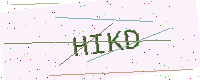
Text: HIKD